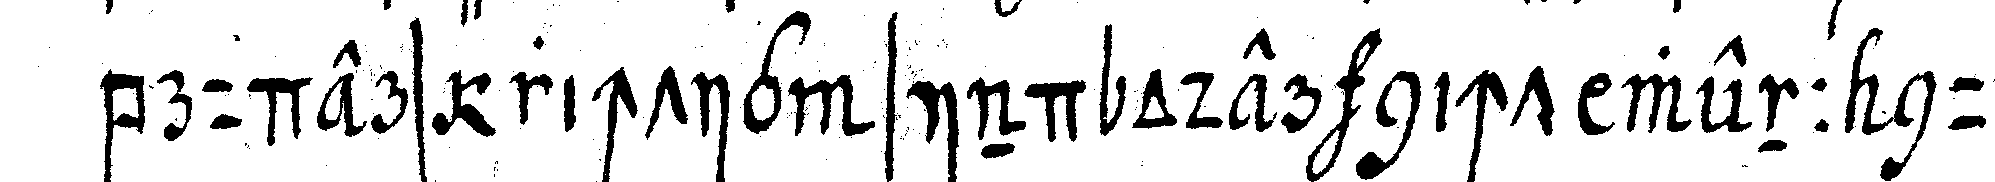
bruders richtig sind oder nicht wenn nun